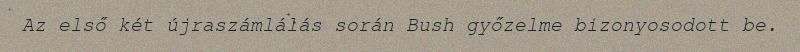
Az első két újraszámlálás során Bush győzelme bizonyosodott be.